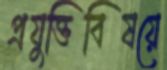
প্রযুক্তিবিষয়ে